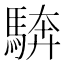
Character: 𩣺